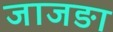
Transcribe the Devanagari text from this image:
जाजङा